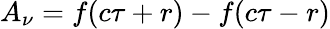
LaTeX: A_{\nu}=f(c\tau+r)-f(c\tau-r)